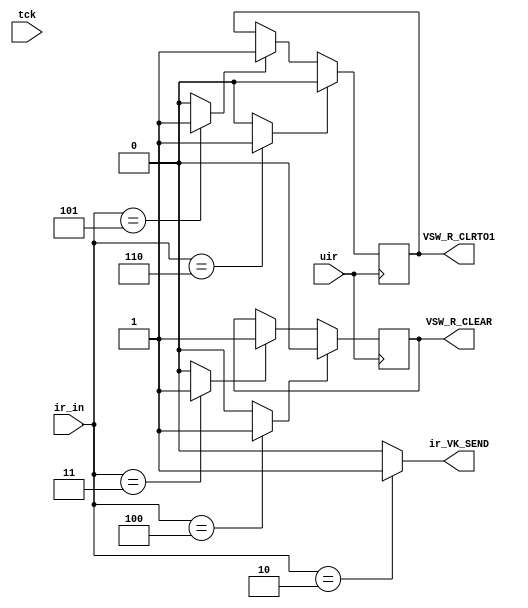
//	DE0_DIGITAL_AUTO
// Digital Control Pattern Generation 
//	On Terasic DE0 Platform
// (C) 2012 TYLEE @ RFVLSI LAB, NCTU
// All Rights Reserved.

module vKEY (
	input tck, 
	input [2:0]ir_in,
	input uir,
	output reg VSW_R_CLEAR,
	output reg VSW_R_CLRTO1,
	output ir_VK_SEND
);
// IR Table
// IR=3'b000 -> JTAG Armed
// IR=3'b001 -> Data register(DR) write
// IR=3'b010 -> VK_SEND
// IR=3'b011 -> ir_SET_CLEAR
// IR=3'b100 -> ir_UNSET_CLEAR
// IR=3'b101 -> ir_SET_CLRTO1
// IR=3'b110 -> ir_UNSET_CLRTO1
// IR=3'b111 -> RESERVED

assign ir_VK_SEND 	= (ir_in==3'b010)?1'b1:1'b0; 
wire ir_SET_CLEAR 	= (ir_in==3'b011)?1'b1:1'b0; 
wire ir_UNSET_CLEAR 	= (ir_in==3'b100)?1'b1:1'b0; 
wire ir_SET_CLRTO1 	= (ir_in==3'b101)?1'b1:1'b0; 
wire ir_UNSET_CLRTO1 = (ir_in==3'b110)?1'b1:1'b0; 


always @(posedge uir)
begin
	if (ir_SET_CLEAR) 		
		VSW_R_CLEAR <=1'b1;	
	if (ir_UNSET_CLEAR) 		
		VSW_R_CLEAR <=1'b0;
	if (ir_SET_CLRTO1) 		
		VSW_R_CLRTO1 <=1'b1;	
	if (ir_UNSET_CLRTO1) 		
		VSW_R_CLRTO1 <=1'b0;	
end
endmodule